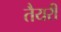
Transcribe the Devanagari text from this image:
तैयरी